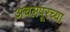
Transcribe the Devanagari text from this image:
अचलपूरच्या